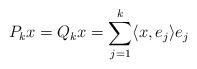
LaTeX: \begin{align*} P_k x=Q_k x=\sum_{j=1}^k\langle x, e_j\rangle e_j\end{align*}